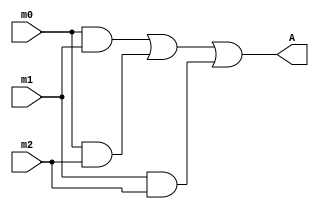
module p5(A,m2,m1,m0);
output A;
input m2,m1,m0;

and aA1(A1,m0,m1);
and aA2(A2,m0,m2);
and aA3(A3,m1,m2);
or oA(A,A1,A2,A3);

endmodule